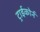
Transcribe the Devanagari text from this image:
ट्राईकोर्न